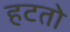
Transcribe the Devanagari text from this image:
हटतो